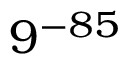
9 ^ { - 8 5 }